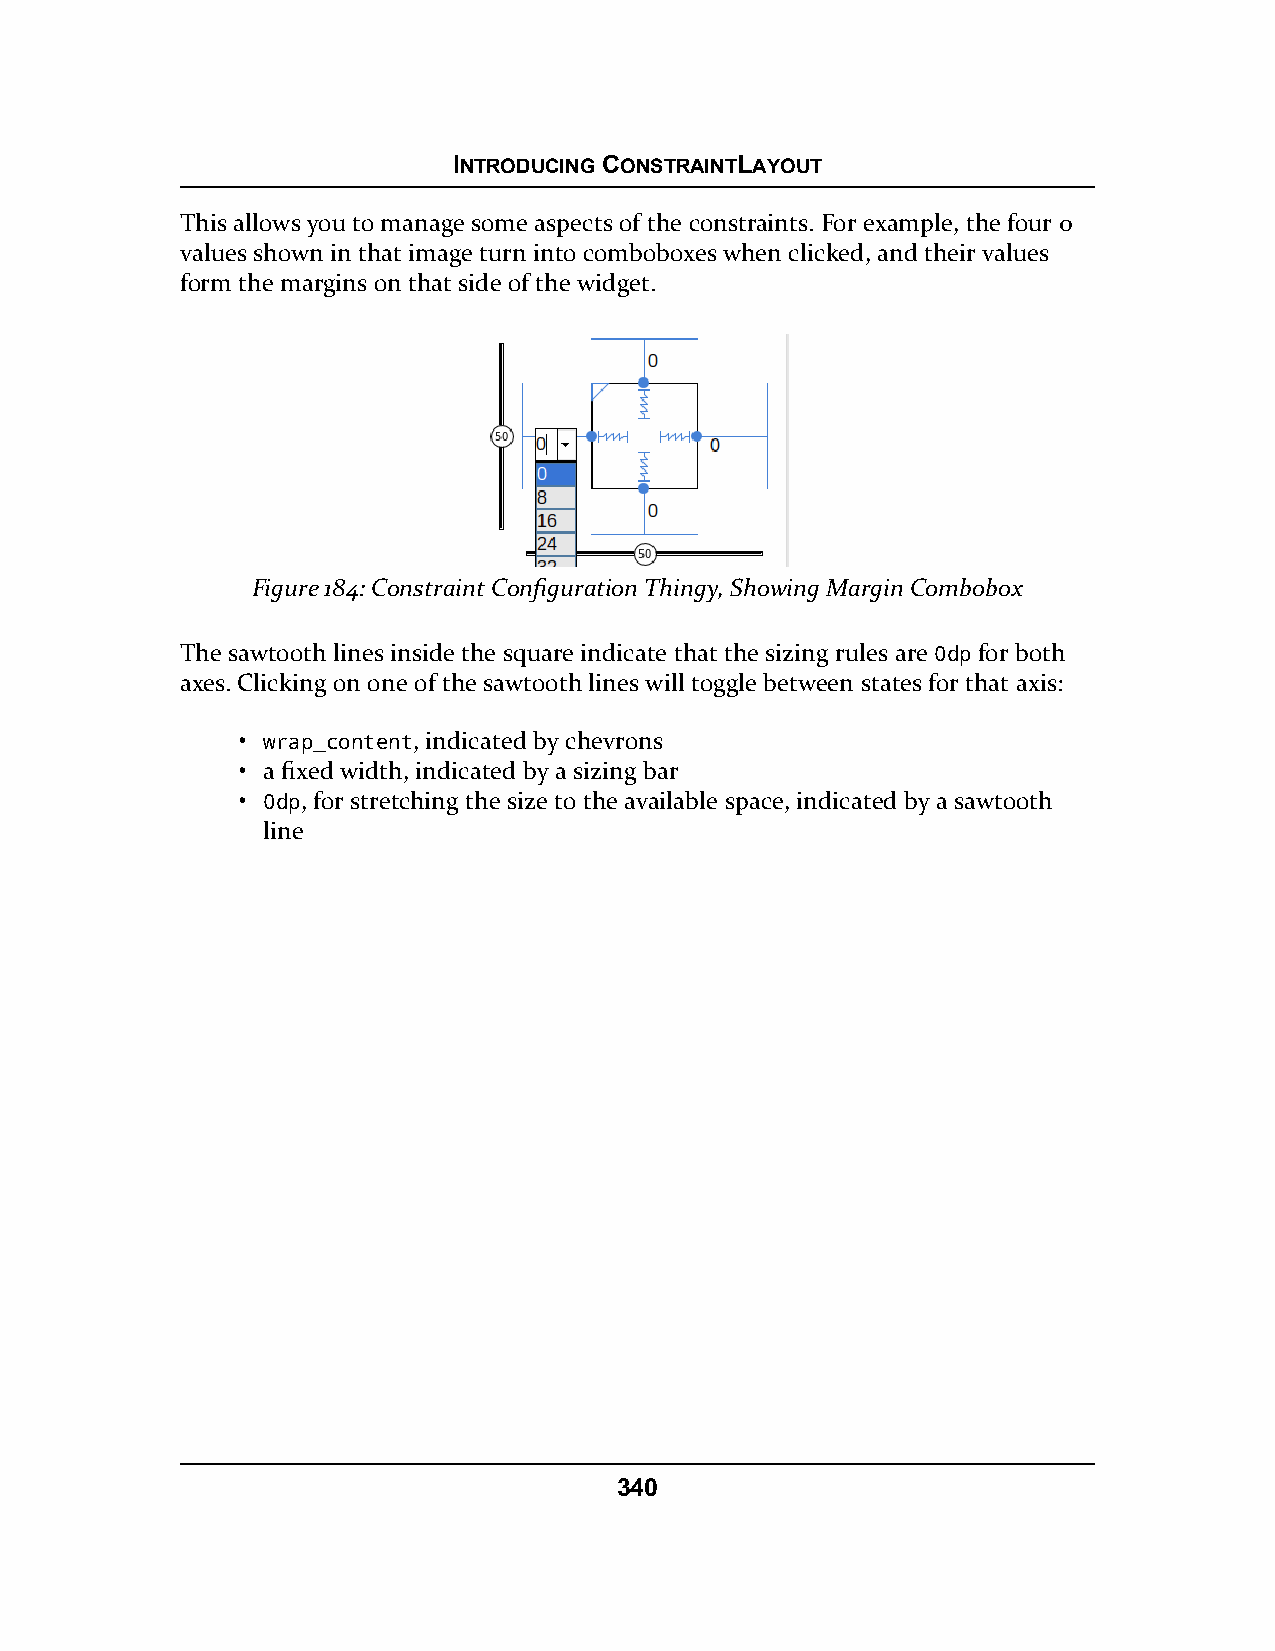
INTRODUCING CONSTRAINTLAYOUT
 This allows you to manage some aspects of the constraints. For example, the four 0
 values shown in that image turn into comboboxes when clicked, and their values
 form the margins on that side of the widget.
 Figure 184: Constraint Configuration Thingy, Showing Margin Combobox
 The sawtooth lines inside the square indicate that the sizing rules are 0dp for both
 axes. Clicking on one of the sawtooth lines will toggle between states for that axis:
 • wrap_content, indicated by chevrons
 • a fixed width, indicated by a sizing bar
 • 0dp, for stretching the size to the available space, indicated by a sawtooth
 line
 340